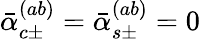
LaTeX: \bar{\alpha}_{c\pm}^{(ab)}=\bar{\alpha}_{s\pm}^{(ab)}=0